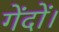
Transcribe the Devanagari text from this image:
गेंदों।